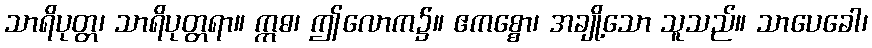
သာရိပုတ္တ၊ သာရိပုတ္တရာ။ ဣဓ၊ ဤလောက၌။ ဧကစ္စော၊ အချို့သော သူသည်။ သာပေခေါ၊